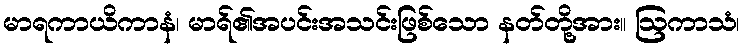
မာရကာယိကာနံ၊ မာရ်၏အပင်းအသင်းဖြစ်သော နတ်တို့အား။ ဩကာသံ၊